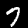
Digit: 7